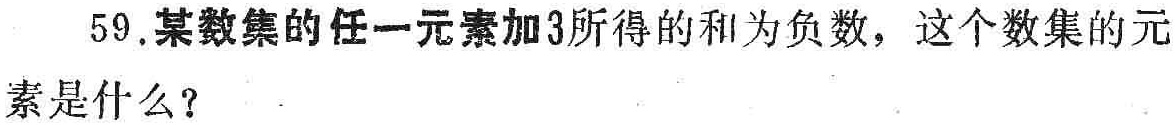
59.某数集的任一元素加3所得的和为负数，这个数集的元素是什么？